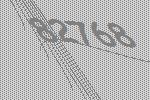
82768